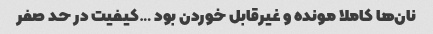
نان‌ها کاملا مونده و غیرقابل خوردن بود …کیفیت در حد صفر